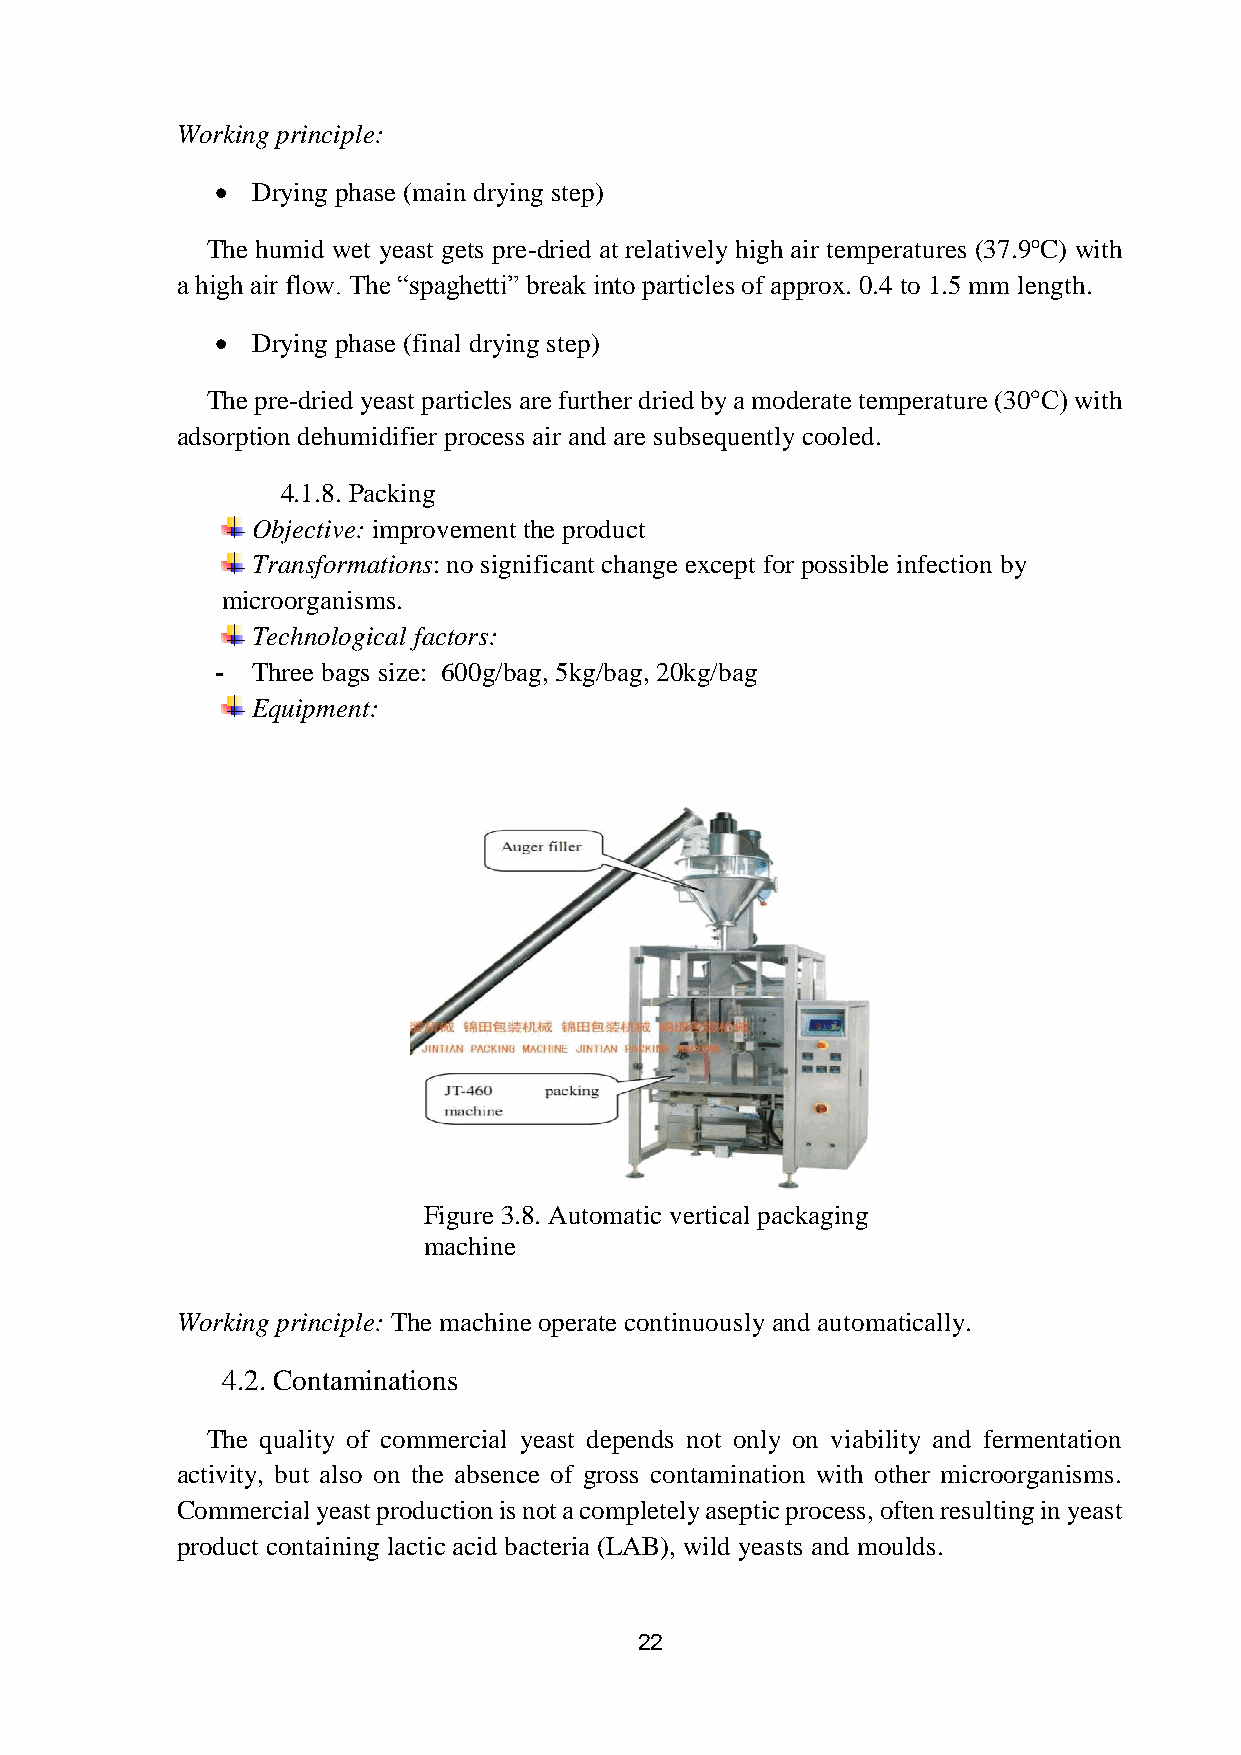
Working principle:
   Drying phase (main drying step)
 The humid wet yeast gets pre-dried at relatively high air temperatures (37.9oC) with
 a high air flow. The “spaghetti” break into particles of approx. 0.4 to 1.5 mm length.
   Drying phase (final drying step)
 The pre-dried yeast particles are further dried by a moderate temperature (30°C) with
 adsorption dehumidifier process air and are subsequently cooled.
 4.1.8. Packing
 Objective: improvement the product
 Transformations: no significant change except for possible infection by
 microorganisms.
 Technological factors:
 -  Three bags size: 600g/bag, 5kg/bag, 20kg/bag
 Equipment:
 Figure 3.8. Automatic vertical packaging
 machine
 Working principle: The machine operate continuously and automatically.
 4.2. Contaminations
 The quality of commercial yeast depends not only on viability and fermentation
 activity, but also on the absence of gross contamination with other microorganisms.
 Commercial yeast production is not a completely aseptic process, often resulting in yeast
 product containing lactic acid bacteria (LAB), wild yeasts and moulds.
 22